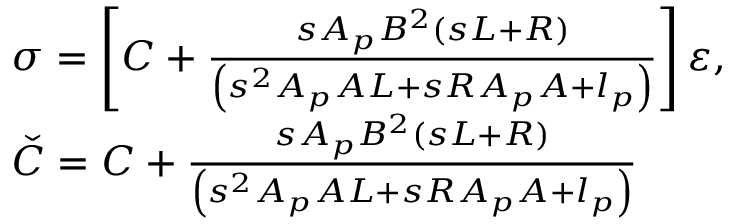
\begin{array} { r l } & { \sigma = \left[ C + \frac { s A _ { p } B ^ { 2 } \left( s L + R \right) } { \left( s ^ { 2 } A _ { p } A L + s R A _ { p } A + l _ { p } \right) } \right] \varepsilon , } \\ & { \check { C } = C + \frac { s A _ { p } B ^ { 2 } \left( s L + R \right) } { \left( s ^ { 2 } A _ { p } A L + s R A _ { p } A + l _ { p } \right) } } \end{array}